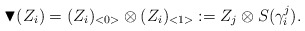
\begin{align*}\blacktriangledown (Z_i)= (Z_i )_{<0 >} \otimes (Z_i) _{<1 >} := Z_j \otimes S(\gamma_i^j ).\end{align*}